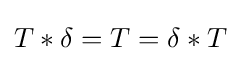
T\ast \delta =T=\delta \ast T